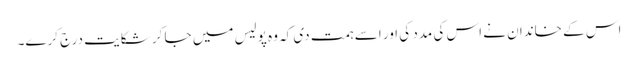
اس کے خاندان نے اس کی مدد کی اور اسے ہمت دی کہ وہ پولیس میں جا کر شکایت درج کرے۔